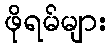
ဖိုရမ်များ